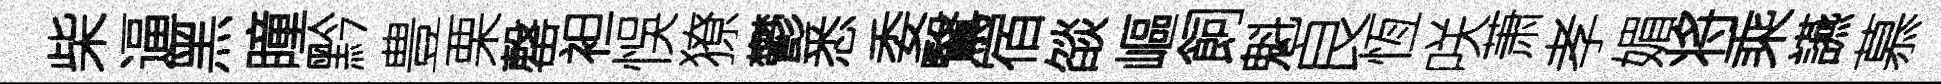
柴逼黑瞳黔豊栗罄袒悞獠鬱悉委鷖宿燄嶇飼魁良恆咲萧孝媚将乘讌慕